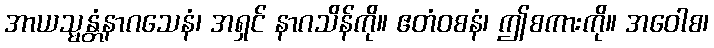
အာယသ္မန္တံနာဂသေနံ၊ အရှင် နာဂသိန်ကို။ ဧတံဝစနံ၊ ဤစကားကို။ အဝေါစ၊